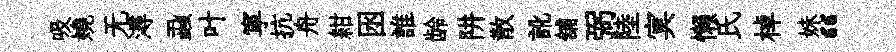
吸嬈无潯蝨叶寕抗舟紺囦誰龄阱散訛舖弼陸㝠懒氏棹妹“